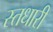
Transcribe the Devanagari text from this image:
स्तधारी